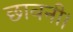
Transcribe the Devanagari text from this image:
छावनी।